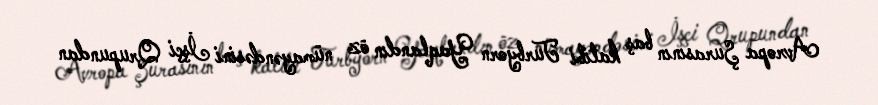
Avropa Şurasının baş katibi Turbyorn Yaqlandın öz nümayəndəsini İşçi Qrupundan